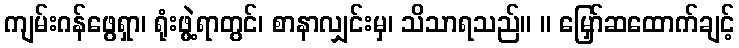
ကျမ်းဂန်ဖွေရှာ၊ ရုံးဖွဲ့ရာတွင်၊ စာနာလျှင်းမှ၊ သိသာရသည်။ ။ မြှော်ဆထောက်ချင့်